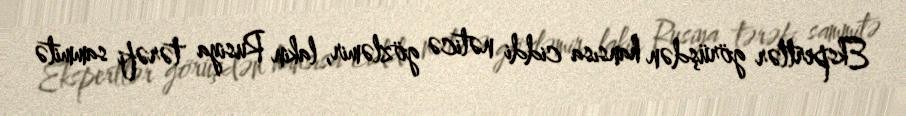
Ekspertlər görüşdən hansısa ciddi nəticə gözləmir, lakin Rusiya tərəfi sammitə